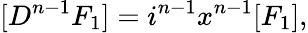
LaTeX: [D^{n-1}F_{1}]=i^{n-1}x^{n-1}[F_{1}],